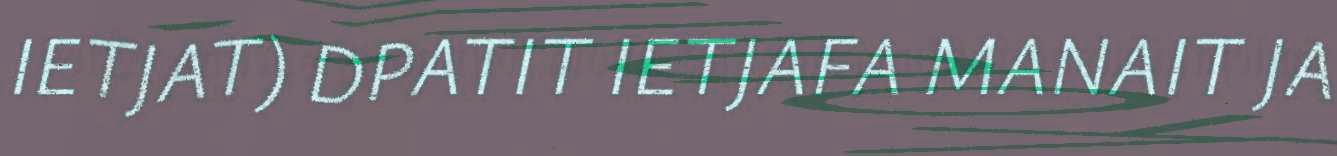
IETJAT) DPATIT IETJAFA MANAIT JA